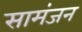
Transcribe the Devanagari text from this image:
सामंजन